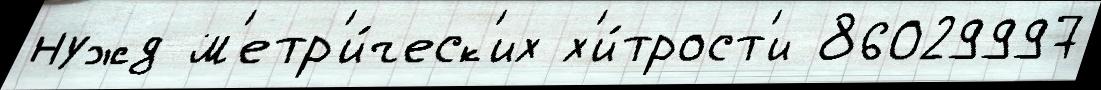
нужд м'етр'и́ческ'их х'и́трост'и 86029997